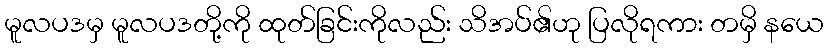
မူလပဒမှ မူလပဒတို့ကို ထုတ်ခြင်းကိုလည်း သိအပ်၏ဟု ပြလိုရကား တမှိ နယေ